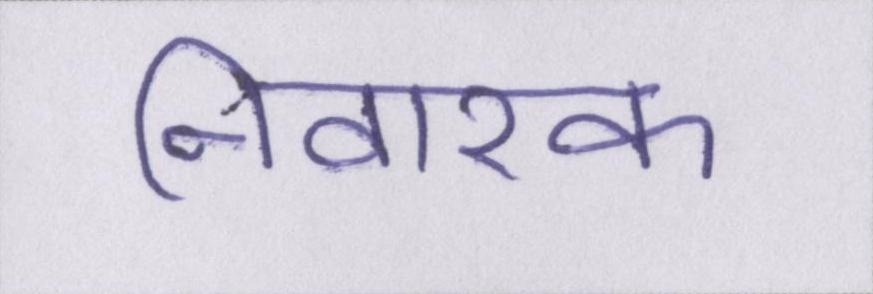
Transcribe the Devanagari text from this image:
निवारक